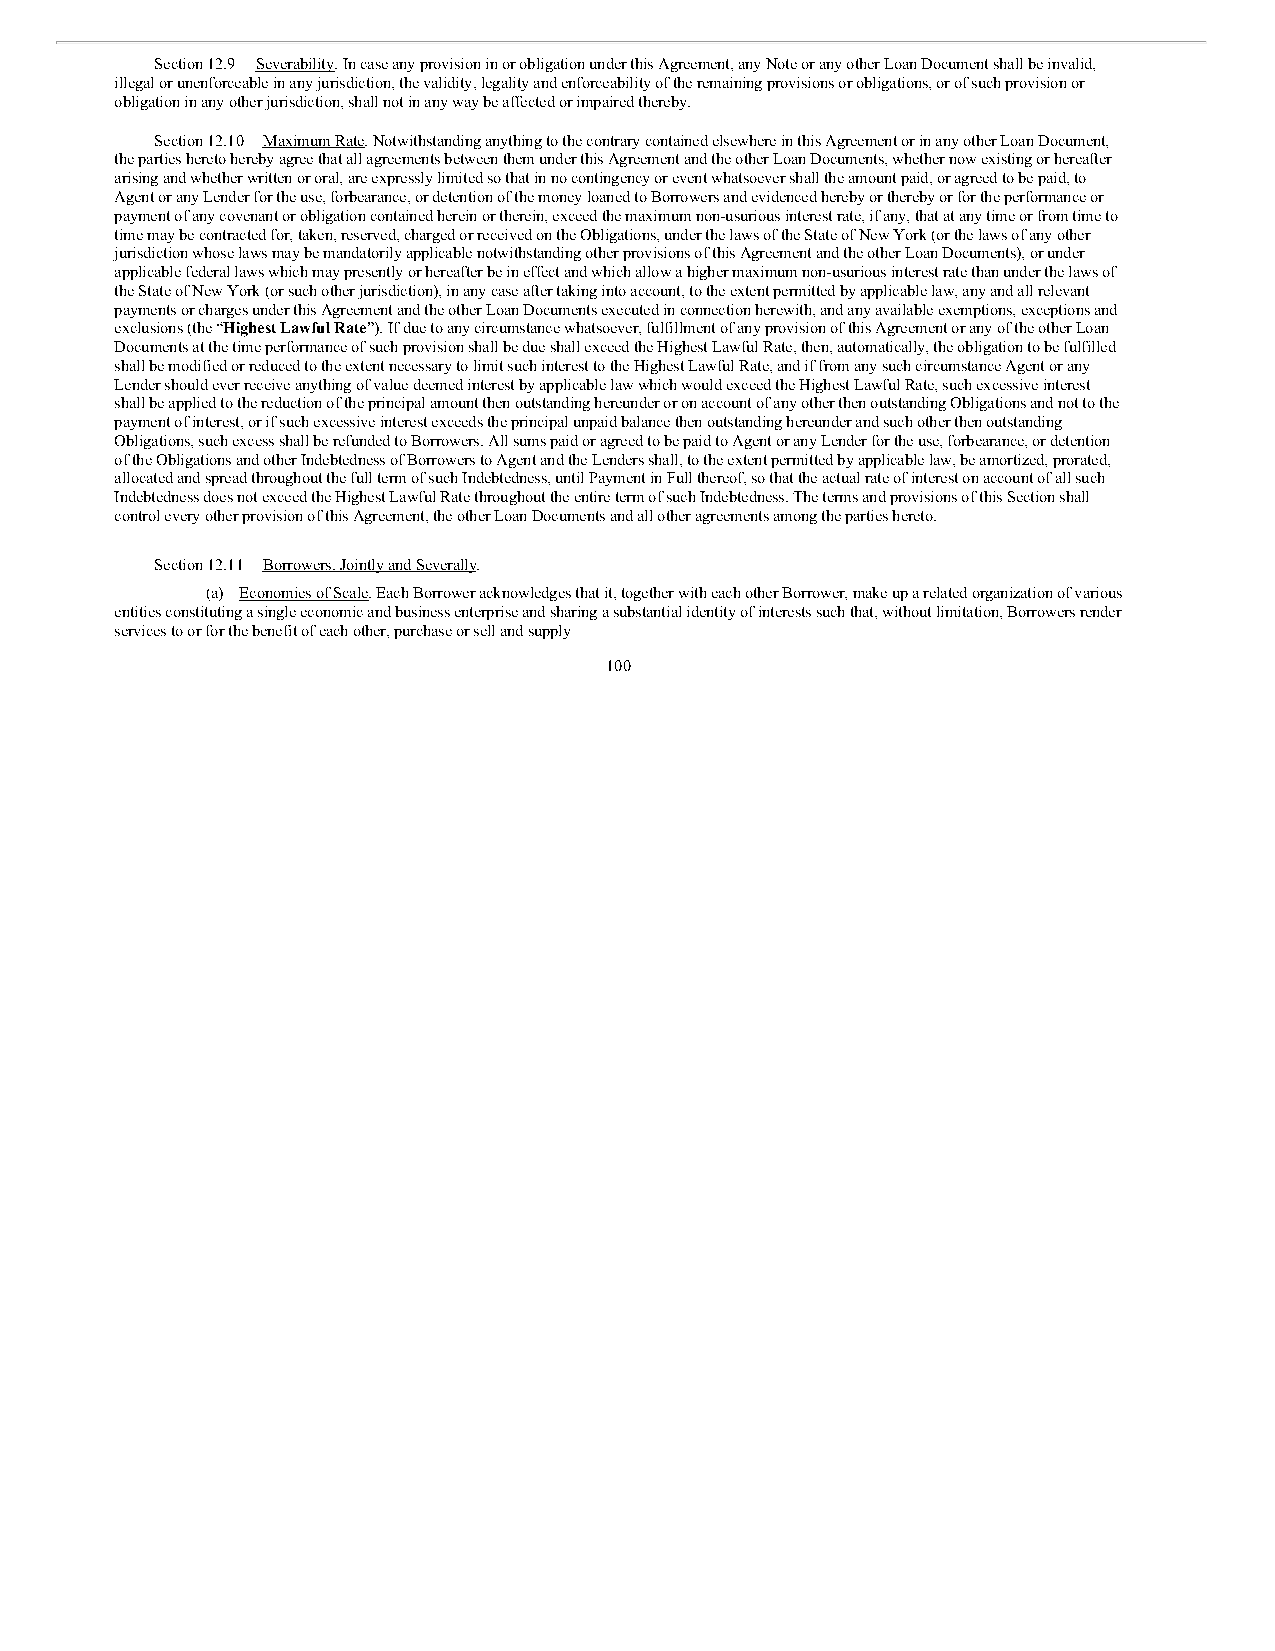
Section 12.9 Severability. In case any provision in or obligation under this Agreement, any Note or any other Loan Document shall be invalid,
 illegal or unenforceable in any jurisdiction, the validity, legality and enforceability of the remaining provisions or obligations, or of such provision or
 obligation in any other jurisdiction, shall not in any way be affected or impaired thereby.
 Section 12.10 Maximum Rate. Notwithstanding anything to the contrary contained elsewhere in this Agreement or in any other Loan Document,
 the parties hereto hereby agree that all agreements between them under this Agreement and the other Loan Documents, whether now existing or hereafter
 arising and whether written or oral, are expressly limited so that in no contingency or event whatsoever shall the amount paid, or agreed to be paid, to
 Agent or any Lender for the use, forbearance, or detention of the money loaned to Borrowers and evidenced hereby or thereby or for the performance or
 payment of any covenant or obligation contained herein or therein, exceed the maximum non-usurious interest rate, if any, that at any time or from time to
 time may be contracted for, taken, reserved, charged or received on the Obligations, under the laws of the State of New York (or the laws of any other
 jurisdiction whose laws may be mandatorily applicable notwithstanding other provisions of this Agreement and the other Loan Documents), or under
 applicable federal laws which may presently or hereafter be in effect and which allow a higher maximum non-usurious interest rate than under the laws of
 the State of New York (or such other jurisdiction), in any case after taking into account, to the extent permitted by applicable law, any and all relevant
 payments or charges under this Agreement and the other Loan Documents executed in connection herewith, and any available exemptions, exceptions and
 exclusions (the “Highest Lawful Rate”). If due to any circumstance whatsoever, fulfillment of any provision of this Agreement or any of the other Loan
 Documents at the time performance of such provision shall be due shall exceed the Highest Lawful Rate, then, automatically, the obligation to be fulfilled
 shall be modified or reduced to the extent necessary to limit such interest to the Highest Lawful Rate, and if from any such circumstance Agent or any
 Lender should ever receive anything of value deemed interest by applicable law which would exceed the Highest Lawful Rate, such excessive interest
 shall be applied to the reduction of the principal amount then outstanding hereunder or on account of any other then outstanding Obligations and not to the
 payment of interest, or if such excessive interest exceeds the principal unpaid balance then outstanding hereunder and such other then outstanding
 Obligations, such excess shall be refunded to Borrowers. All sums paid or agreed to be paid to Agent or any Lender for the use, forbearance, or detention
 of the Obligations and other Indebtedness of Borrowers to Agent and the Lenders shall, to the extent permitted by applicable law, be amortized, prorated,
 allocated and spread throughout the full term of such Indebtedness, until Payment in Full thereof, so that the actual rate of interest on account of all such
 Indebtedness does not exceed the Highest Lawful Rate throughout the entire term of such Indebtedness. The terms and provisions of this Section shall
 control every other provision of this Agreement, the other Loan Documents and all other agreements among the parties hereto.
 Section 12.11 Borrowers, Jointly and Severally.
 (a) Economies of Scale. Each Borrower acknowledges that it, together with each other Borrower, make up a related organization of various
 entities constituting a single economic and business enterprise and sharing a substantial identity of interests such that, without limitation, Borrowers render
 services to or for the benefit of each other, purchase or sell and supply
 100